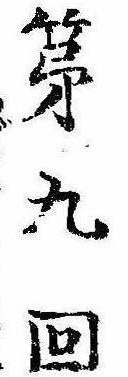
第九回